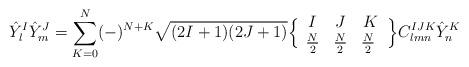
LaTeX: \begin{align*} {\hat Y}^I_l{\hat Y}^J_m = \sum_{K=0}^N(-)^{N+K}\sqrt{(2I+1)(2J+1)} \Bigl\{\begin{array}{ccc} I & J & K \\ {N\over 2} & {N\over 2} & {N\over 2} \ \end{array}\Bigr\}C^{IJK}_{lmn}{\hat Y}_n^K\end{align*}